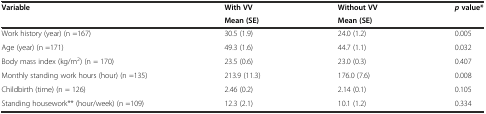
<table><thead><tr><td><b>Variable</b></td><td><b>With VV</b></td><td><b>Without VV</b></td><td><b><i>p</i>value*</b></td></tr><tr><td></td><td><b>Mean (SE)</b></td><td><b>Mean (SE)</b></td><td></td></tr></thead><tbody><tr><td>Work history (year) (n =167)</td><td>30.5 (1.9)</td><td>24.0 (1.2)</td><td>0.005</td></tr><tr><td>Age (year) (n =171)</td><td>49.3 (1.6)</td><td>44.7 (1.1)</td><td>0.032</td></tr><tr><td>Body mass index (kg/m<sup>2</sup>) (n = 170)</td><td>23.5 (0.6)</td><td>23.0 (0.3)</td><td>0.407</td></tr><tr><td>Monthly standing work hours (hour) (n =135)</td><td>213.9 (11.3)</td><td>176.0 (7.6)</td><td>0.008</td></tr><tr><td>Childbirth (time) (n = 126)</td><td>2.46 (0.2)</td><td>2.14 (0.1)</td><td>0.105</td></tr><tr><td>Standing housework** (hour/week) (n =109)</td><td>12.3 (2.1)</td><td>10.1 (1.2)</td><td>0.334</td></tr></tbody></table>